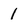
Character: 1